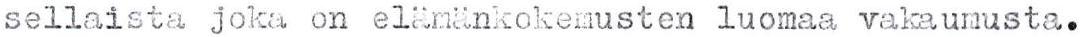
sellaista joka on elämänkokemusten luomaa vakaumusta.